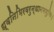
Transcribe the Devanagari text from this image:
ध्वनिभिरवरुन्धानमणुभिः।